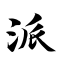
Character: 派